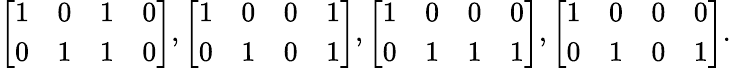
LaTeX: \left[\begin{array}{cccc}{1}&{0}&{1}&{0}\\ {0}&{1}&{1}&{0}\end{array}\right],\left[\begin{array}{cccc}{1}&{0}&{0}&{1}\\ {0}&{1}&{0}&{1}\end{array}\right],\left[\begin{array}{cccc}{1}&{0}&{0}&{0}\\ {0}&{1}&{1}&{1}\end{array}\right],\left[\begin{array}{cccc}{1}&{0}&{0}&{0}\\ {0}&{1}&{0}&{1}\end{array}\right].